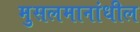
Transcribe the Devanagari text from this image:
मुसलमानांधील